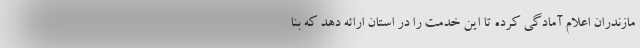
مازندران اعلام آمادگی کرده تا این خدمت را در استان ارائه دهد که بنا